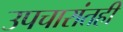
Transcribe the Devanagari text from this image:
उपचारांतही